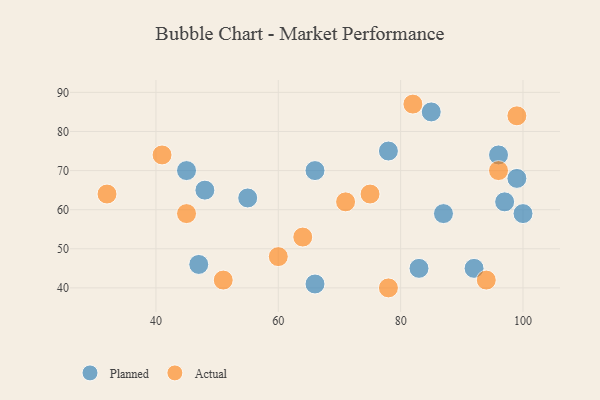
{"axis": {"x": "GDP", "y": "Life Expectancy"}, "legend": ["Actual", "Planned"], "data": [{"x": "92", "y": 45, "type": "Planned"}, {"x": "85", "y": 85, "type": "Planned"}, {"x": "97", "y": 62, "type": "Planned"}, {"x": "83", "y": 45, "type": "Planned"}, {"x": "100", "y": 59, "type": "Planned"}, {"x": "47", "y": 46, "type": "Planned"}, {"x": "48", "y": 65, "type": "Planned"}, {"x": "66", "y": 41, "type": "Planned"}, {"x": "96", "y": 74, "type": "Planned"}, {"x": "99", "y": 68, "type": "Planned"}, {"x": "66", "y": 70, "type": "Planned"}, {"x": "78", "y": 75, "type": "Planned"}, {"x": "45", "y": 70, "type": "Planned"}, {"x": "55", "y": 63, "type": "Planned"}, {"x": "87", "y": 59, "type": "Planned"}, {"x": "60", "y": 48, "type": "Actual"}, {"x": "96", "y": 70, "type": "Actual"}, {"x": "99", "y": 84, "type": "Actual"}, {"x": "64", "y": 53, "type": "Actual"}, {"x": "45", "y": 59, "type": "Actual"}, {"x": "71", "y": 62, "type": "Actual"}, {"x": "51", "y": 42, "type": "Actual"}, {"x": "41", "y": 74, "type": "Actual"}, {"x": "32", "y": 64, "type": "Actual"}, {"x": "94", "y": 42, "type": "Actual"}, {"x": "78", "y": 40, "type": "Actual"}, {"x": "75", "y": 64, "type": "Actual"}, {"x": "82", "y": 87, "type": "Actual"}]}